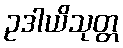
ဥဒါယိသုတ္တ